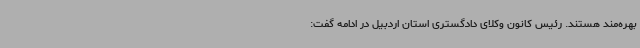
بهره‌مند هستند. رئیس کانون وکلای دادگستری استان اردبیل در ادامه گفت: